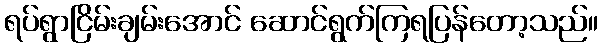
ရပ်ရွာငြိမ်းချမ်းအောင် ဆောင်ရွက်ကြရပြန်တော့သည်။